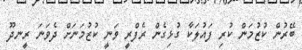
ބޭރުން ކުޒުމަން ކުރި ފައުލަކާ ގުޅިގެން ރެފްރީ ވަނީ ކުޒުމަނަށް ދެވަނަ ރީނދޫ